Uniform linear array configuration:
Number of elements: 4
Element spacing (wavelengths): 0.5
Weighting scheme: binomial
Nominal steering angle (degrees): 30
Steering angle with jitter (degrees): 31.553
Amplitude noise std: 0.05
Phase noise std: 0.05

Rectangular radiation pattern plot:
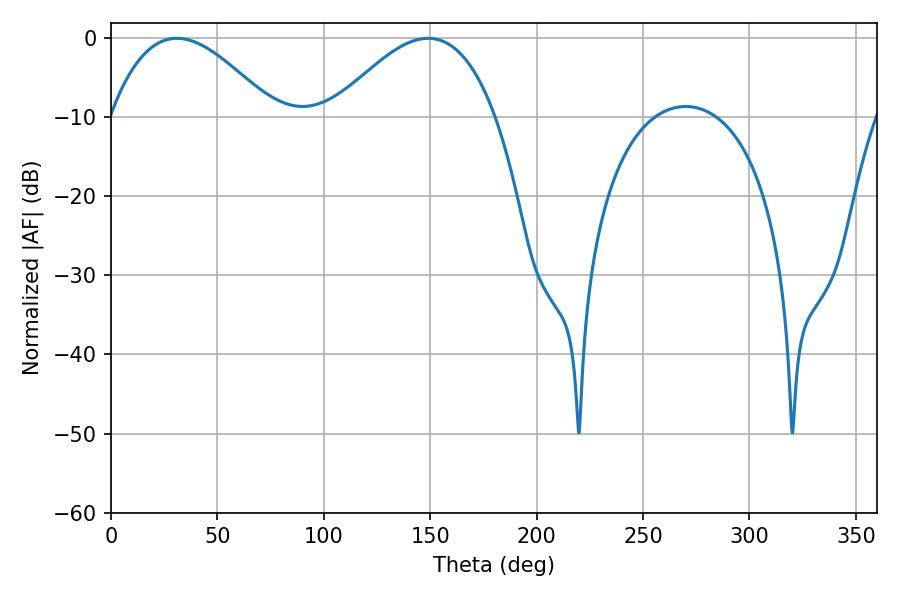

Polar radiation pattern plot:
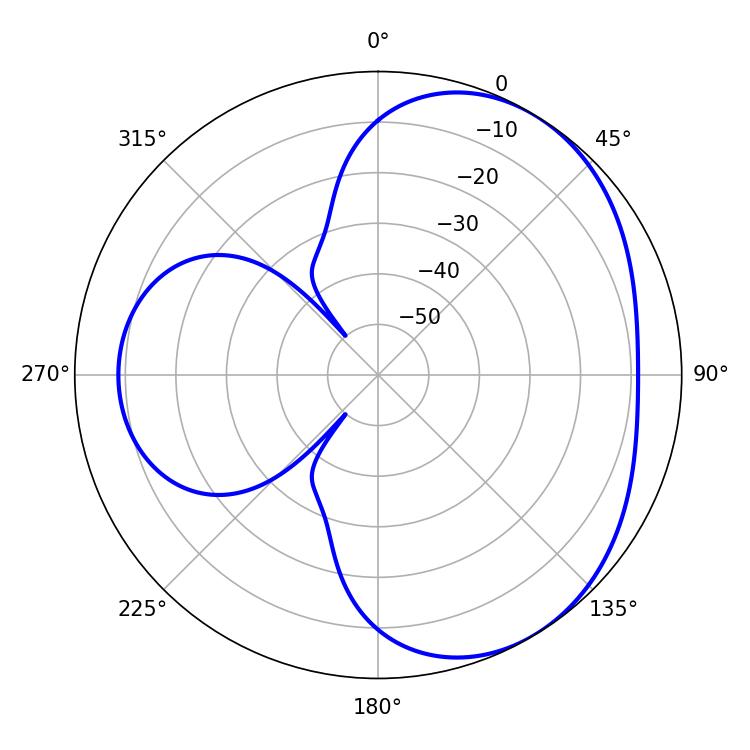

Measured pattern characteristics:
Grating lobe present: FALSE
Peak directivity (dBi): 3.851
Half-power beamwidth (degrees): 41.76
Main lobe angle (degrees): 30.96